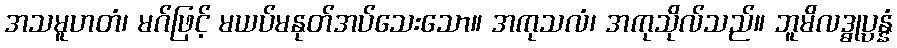
အသမူဟတံ၊ မဂ်ဖြင့် မယပ်မနုတ်အပ်သေးသော။ အကုသလံ၊ အကုသိုလ်သည်။ ဘူမိလဒ္ဓုပ္ပန္နံ